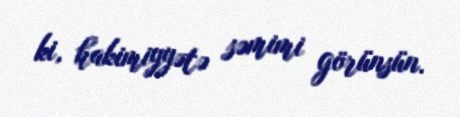
ki, hakimiyyətə səmimi görünsün.